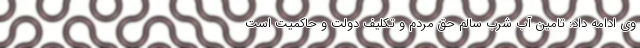
وی ادامه داد: تامین آب شرب سالم حق مردم و تکلیف دولت و حاکمیت است